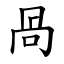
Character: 咼